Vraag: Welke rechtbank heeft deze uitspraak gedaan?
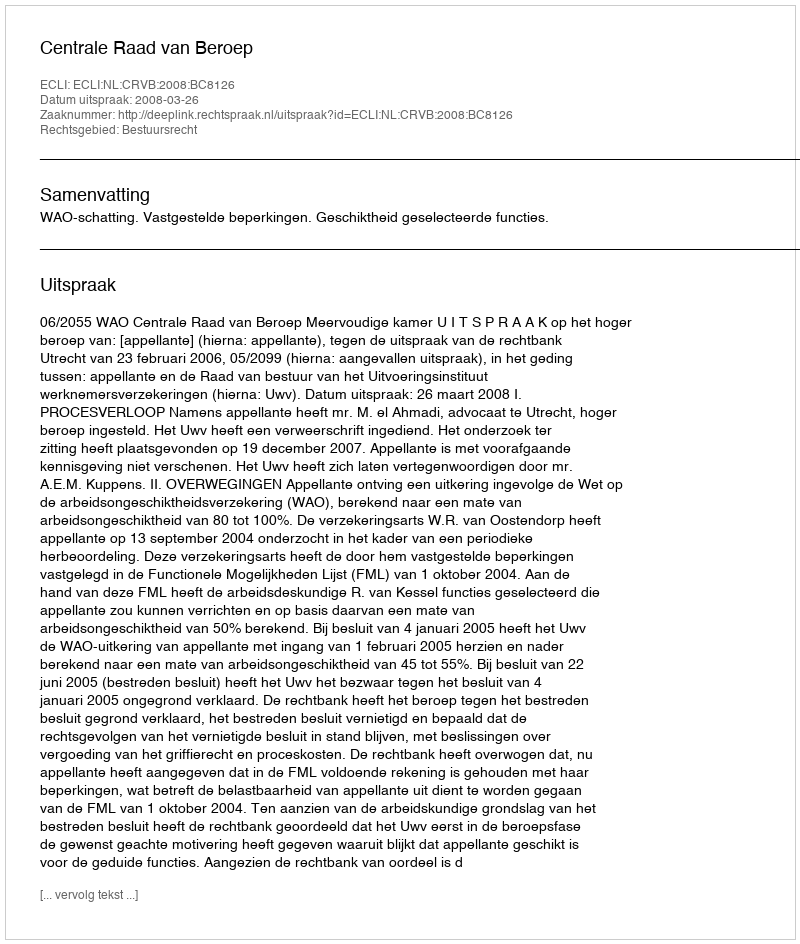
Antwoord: Centrale Raad van Beroep